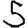
Digit: 5